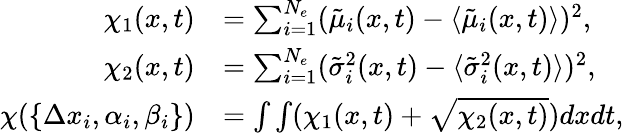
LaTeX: \begin{array}{rl}{\chi_{1}(x,t)}&{=\sum_{i=1}^{N_{e}}(\tilde{\mu}_{i}(x,t)-\langle{\tilde{\mu}_{i}(x,t)}\rangle)^{2},}\\ {\chi_{2}(x,t)}&{=\sum_{i=1}^{N_{e}}(\tilde{\sigma}_{i}^{2}(x,t)-\langle{\tilde{\sigma}_{i}^{2}(x,t)}\rangle)^{2},}\\ {\chi(\{ \Delta x_{i},\alpha_{i},\beta_{i}\} )}&{=\int\int(\chi_{1}(x,t)+\sqrt{\chi_{2}(x,t)})dxdt,}\end{array}